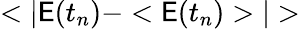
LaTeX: <|\mathsf{E}(t_{n})-<\mathsf{E}(t_{n})>|>